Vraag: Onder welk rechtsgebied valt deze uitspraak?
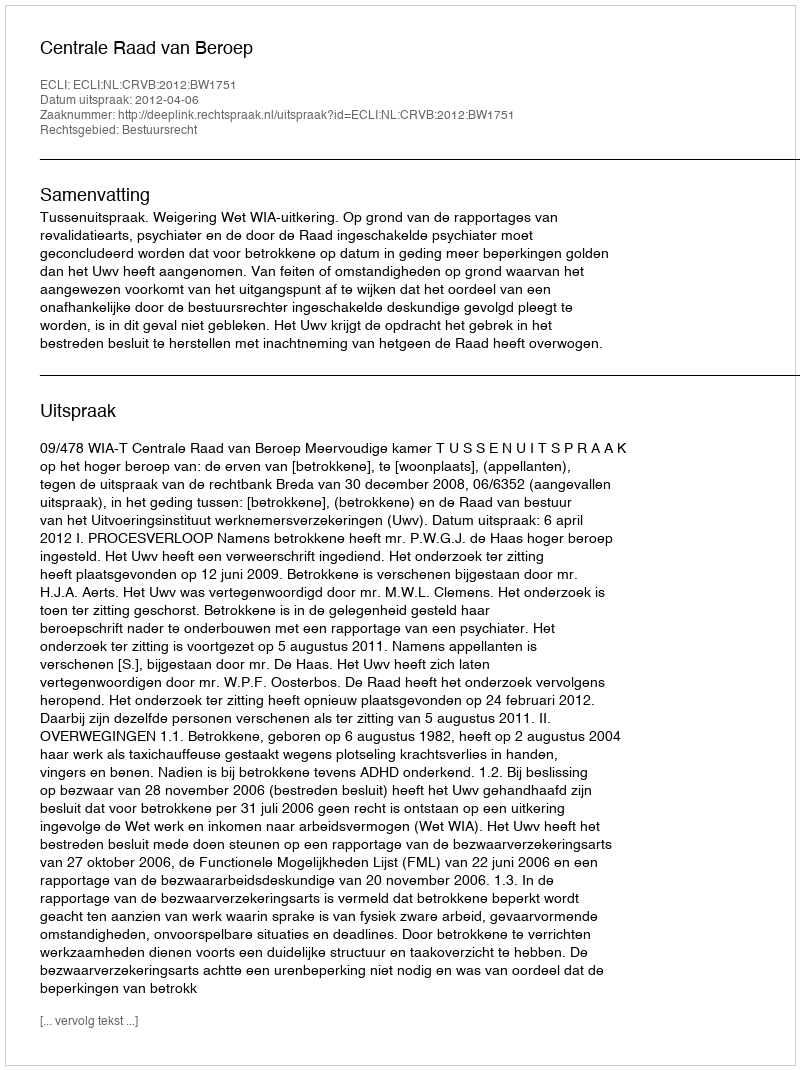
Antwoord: Bestuursrecht